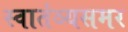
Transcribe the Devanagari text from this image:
स्वातंञ्यसमर